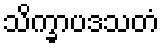
သိက္ခာပဒသတံ